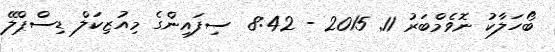
ބޯހަލާކު ނޮވެމްބަރު 11